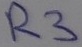
Text: R3